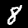
Label: 8